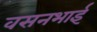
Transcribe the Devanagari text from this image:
वसनभाई